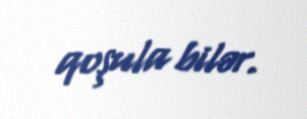
qoşula bilər.